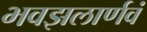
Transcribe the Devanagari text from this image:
भवझलार्णवं